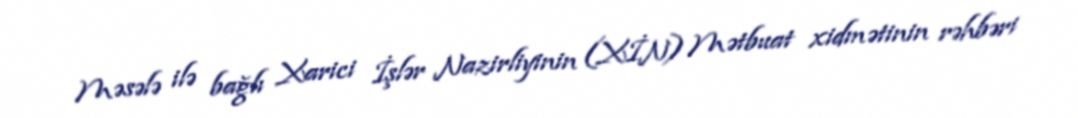
Məsələ ilə bağlı Xarici İşlər Nazirliyinin (XİN) Mətbuat xidmətinin rəhbəri